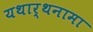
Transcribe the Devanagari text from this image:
यथार्थनामा